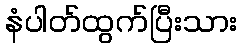
နံပါတ်ထွက်ပြီးသား